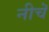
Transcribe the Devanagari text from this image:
नीचॆ